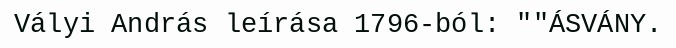
Vályi András leírása 1796-ból: ""ÁSVÁNY.